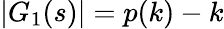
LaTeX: |G_{1}(s)|=p(k)-k